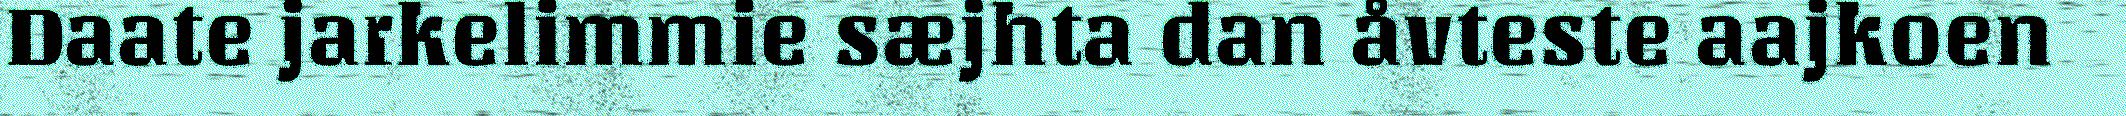
Daate jarkelimmie sæjhta dan åvteste aajkoen